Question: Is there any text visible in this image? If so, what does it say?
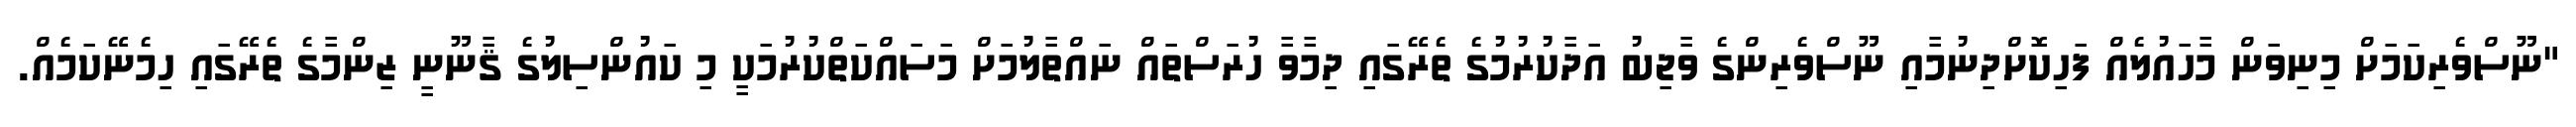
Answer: "ނޫސްވެރިކަމަށް މިނިވަން މާހައުލެއް ފަހިކޮށްދިނުމާއި ނޫސްވެރިންގެ ވާޖިބު އަދާކުރުމުގެ ތެރޭގައި ދިމާވާ ހުރަސްތައް ނައްތާލުމަށް މަސައްކަތްކުރުމަކީ މި ކައުންސިލުގެ ޤާނޫނީ ޒިންމާގެ ތެރޭގައި ހިމެނޭކަމެއް.